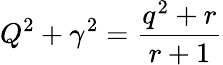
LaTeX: Q^{2}+\gamma^{2}=\frac{q^{2}+r}{r+1}